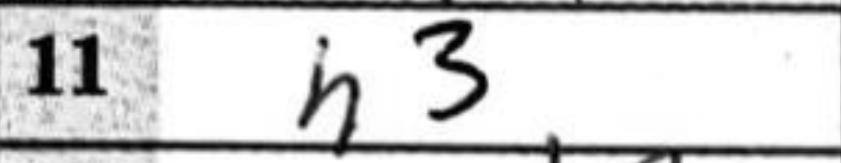
Transcription: h3